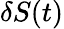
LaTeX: \delta S(t)